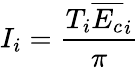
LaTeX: I_{i}=\frac{T_{i}\overline{{E_{c}}}_{i}}{\pi}